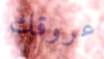
عروقك